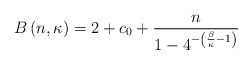
\begin{align*}B\left(n,\kappa\right) = 2 + c_0 +\frac{n}{1 - 4^{-\left(\frac{\beta}{\kappa}-1\right)}}\end{align*}